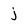
Character: j